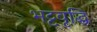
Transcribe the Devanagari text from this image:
भट्टवृद्धि